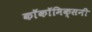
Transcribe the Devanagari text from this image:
काॅकॉमिक्सनी